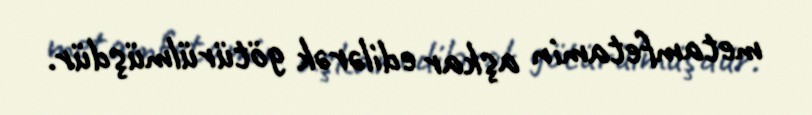
metamfetamin aşkar edilərək götürülmüşdür.